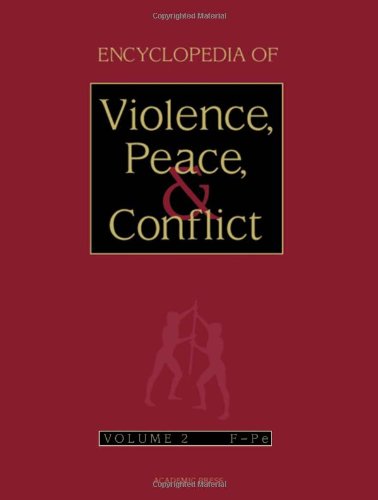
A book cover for Encyclopedia of Violence, Peace, and Conflict, Three-Volume Set (v. 1-3); Politics & Social Sciences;